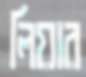
লিয়ার